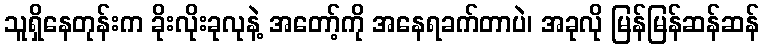
သူရှိနေတုန်းက ခိုးလိုးခုလုနဲ့ အတော့်ကို အနေရခက်တာပဲ၊ အခုလို မြန်မြန်ဆန်ဆန်